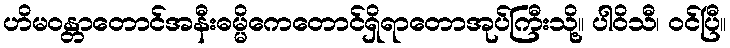
ဟိမဝန္တာတောင်အနီးဓမ္မိကေတောင်ရှိရာတောအုပ်ကြီးသို့။ ပါဝိသီ၊ ဝင်ပြီ။